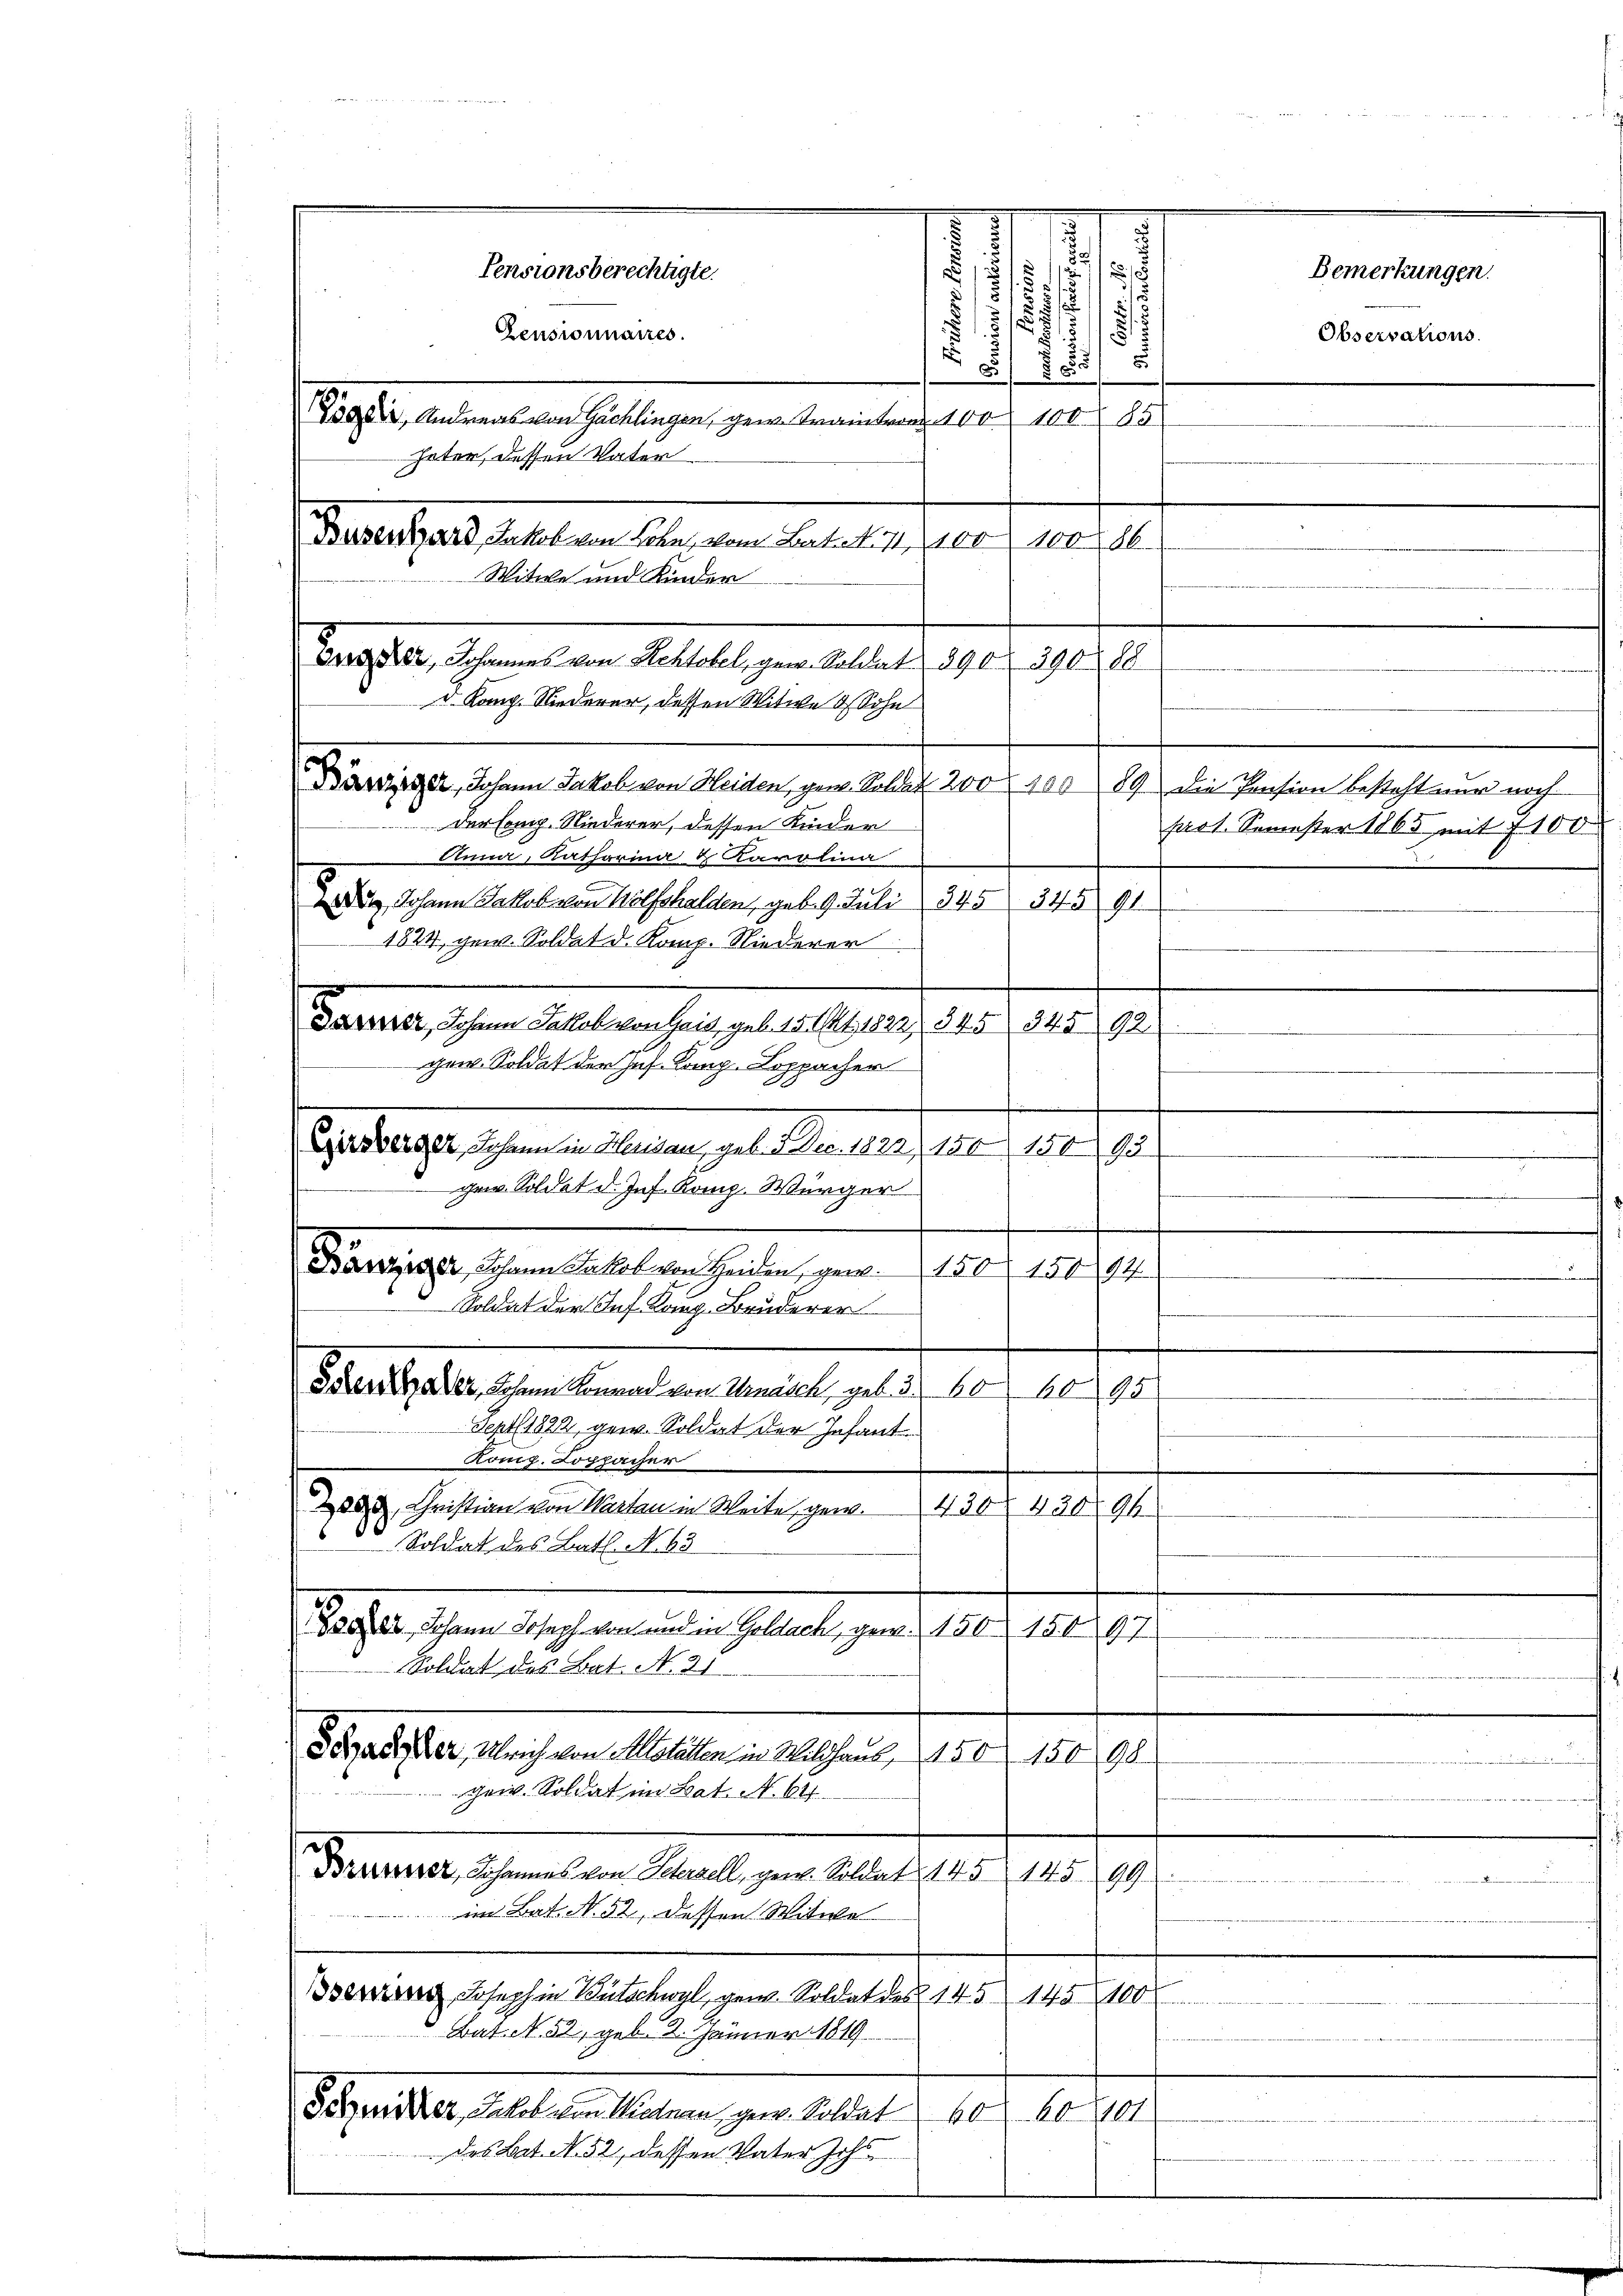
Pensionsberechtigte.
Zensionnaires.
heter, dessen Vater
Daraussers hatten in den Basel u. er der
Witwe und Kinder

Gerader, Johannes von Rektobel, gew. Soldat 890. 390 88
d. Kong. Niederer, dessen Witwe Sohn

Der Comp. Niederer, dessen Kinder
Anna, Katharina & Karolina
1824 gew. Soldat d. Komp. Niederer
gem. Soldat der Inf. Komp. Loppacher
Gertrage, ihnen Maurer, geb. Der an der 1810. 198.
gem. Soldat d. Jnf. Komp. Würger
.
Bänziger, Johann Jakob von Heiden, gen. 150 15094
Soldat der Inf Kaug Bruderer
Betrag des hin einmal in Berath gelt 10 f 10
Sept. 1822, gew. Soldat der Infant
König. Loppacher
209. Christian von Karten in Weite, gew.
Act au
9
Soldat des Batl. N. 63
Sache schen sich einen den Gebiete, der 1809. 1810. 19.
Soldat des Bat. No. 21
Schriften auch an Materm 12. Juni 1910. 1891.
Gew. Soldat im Bat. N. 641
Peuerer ihnen ein Melligen Arbeite 15. 125.
a
im Bat. N. 52, dessen Witwe
Bserung Joseph in Bütschwyl, gew. Soldat des 145 145100
Bat. N. 52, geb. 2. Jänner 1819
Besandter haltern liegen gene Belast d. 10. 10. 191
des Bat. N. 52, dessen Vater Joh.

Raptis, Andreas der Hachlagen, gene Aendentende 160. 100 f. 85

s
.
125
u
.
.

1
.

7
5
u
 2

Darster, Johann Jakob von Heiden, gen. Soldat 200 § 100 89 die Pension besteht nur noch
prot. Semester 1865 mit 7100
 Johann Jakob von Wolfshalden, geb. 9. Juli 345 345 91.
Berner sichen Altern sein gelastung, der 1815. 9

Observations.

Bemerkungen.